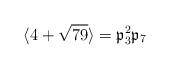
LaTeX: \begin{align*}\langle 4+\sqrt{79}\rangle=\mathfrak{p}_3^2 \mathfrak{p}_7\end{align*}